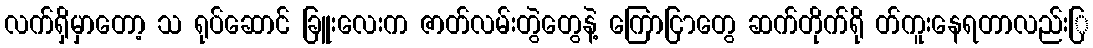
လက်ရှိမှာတော့ သ ရုပ်ဆောင် ခြူးလေးက ဇာတ်လမ်းတွဲတွေနဲ့ ကြောငြာတွေ ဆက်တိုက်ရို တ်ကူးနေရတာလည်းြ